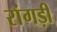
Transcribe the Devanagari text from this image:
रांगड़ी